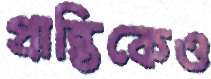
প্রান্তিকেও